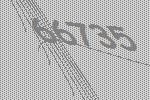
66735